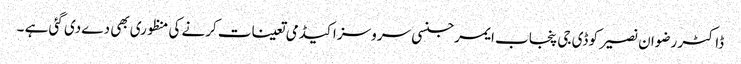
ڈاکٹر رضوان نصیر کو ڈی جی پنجاب ایمرجنسی سروسز اکیڈمی تعینات کرنے کی منظوری بھی دے دی گئی ہے ۔